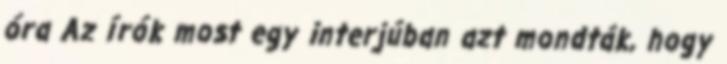
óra Az írók most egy interjúban azt mondták, hogy